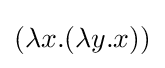
(\lambda x.(\lambda y.x))